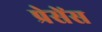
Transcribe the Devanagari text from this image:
प्रेसेंस